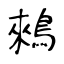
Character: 鶆